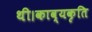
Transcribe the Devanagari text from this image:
थी।काव्यकृति